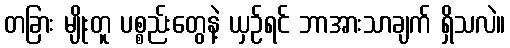
တခြား မျိုးတူ ပစ္စည်းတွေနဲ့ ယှဉ်ရင် ဘာအားသာချက် ရှိသလဲ။